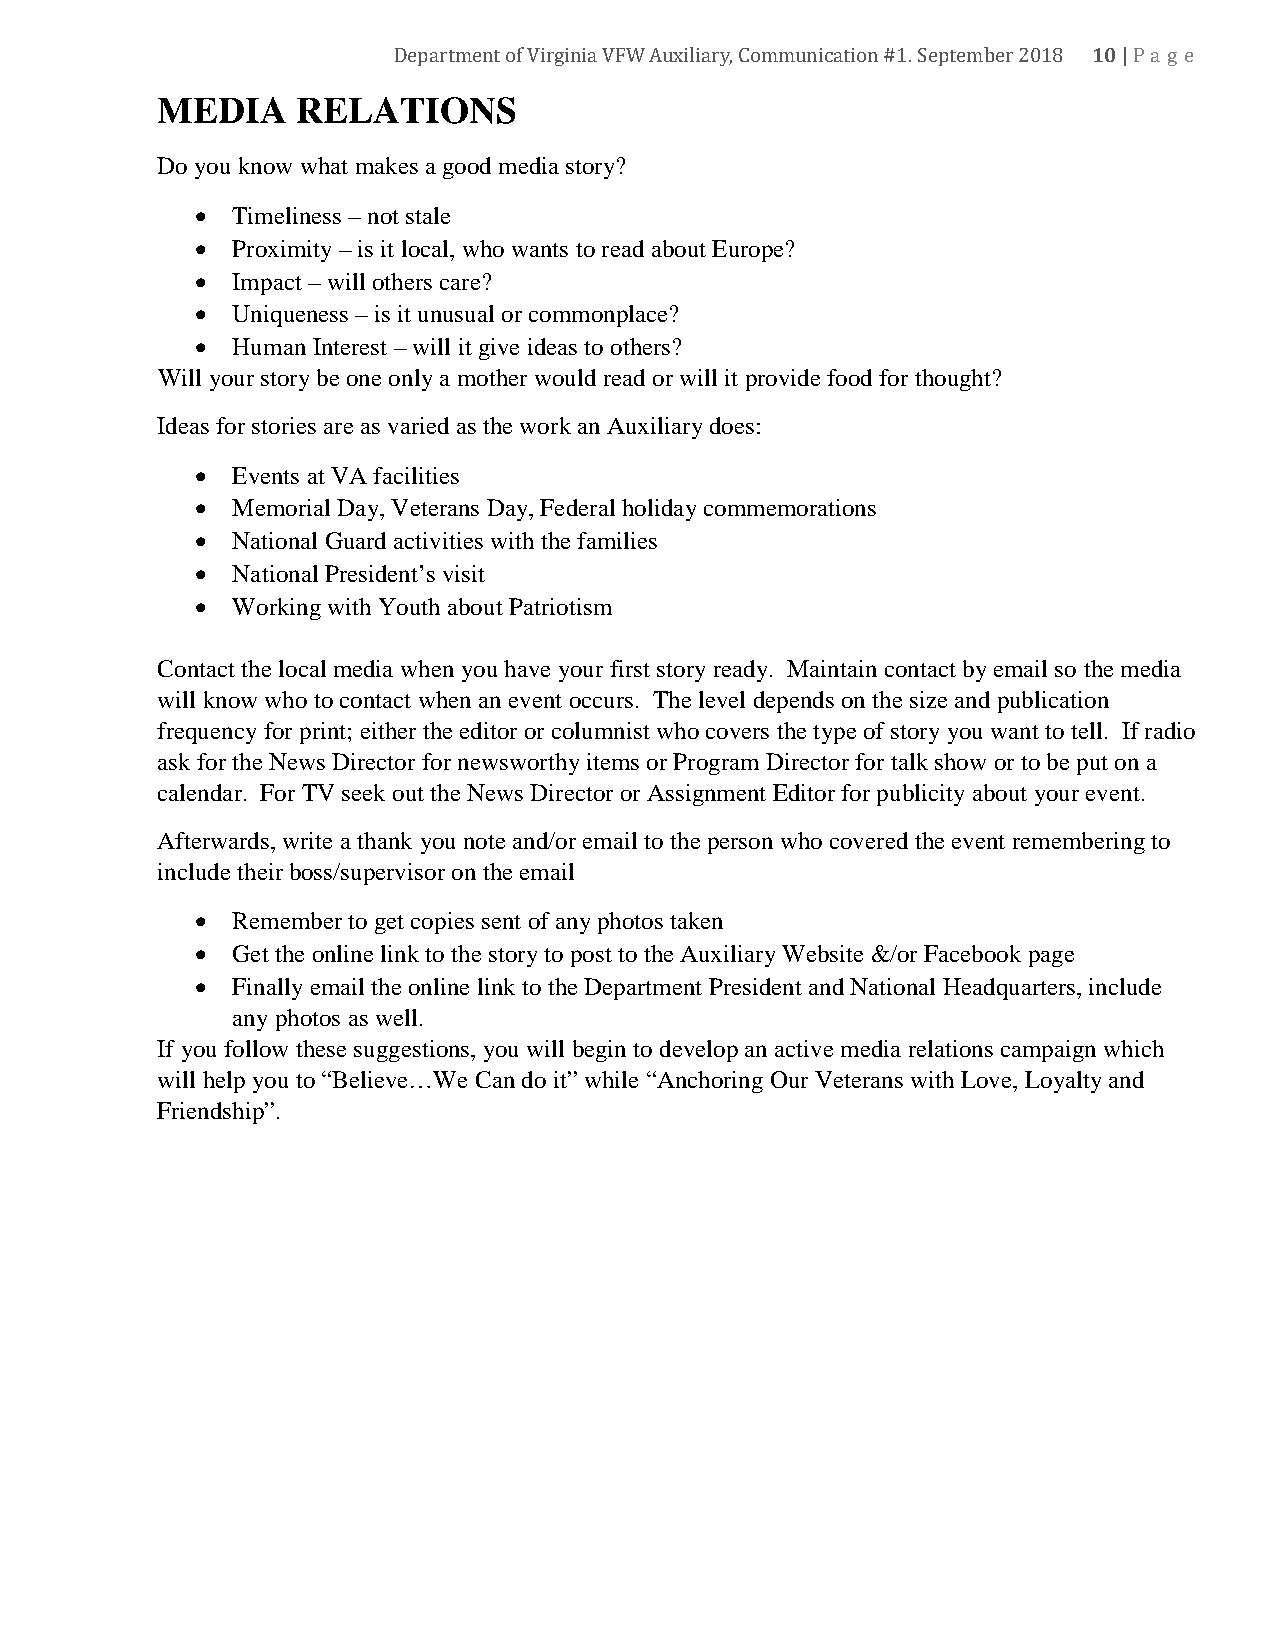
10
 MEDIA     RELADTepIarOtmNentS of Virginia VFW Auxiliary, Communication #1. September 2018 |Pa ge
 Do you know what makes a good media story?
 • Timeliness – not stale
 • Proximity – is it local, who wants to read about Europe?
 • Impact – will others care?
 • Uniqueness – is it unusual or commonplace?
 • Human Interest – will it give ideas to others?
 Will your story be one only a mother would read or will it provide food for thought?
 Ideas for stories are as varied as the work an Auxiliary does:
 • Events at VA facilities
 • Memorial Day, Veterans Day, Federal holiday commemorations
 • National Guard activities with the families
 • National President’s visit
 • Working with Youth about Patriotism
 Contact the local media when you have your first story ready. Maintain contact by email so the media
 will know who to contact when an event occurs. The level depends on the size and publication
 frequency for print; either the editor or columnist who covers the type of story you want to tell. If radio
 ask for the News Director for newsworthy items or Program Director for talk show or to be put on a
 calendar. For TV seek out the News Director or Assignment Editor for publicity about your event.
 Afterwards, write a thank you note and/or email to the person who covered the event remembering to
 include their boss/supervisor on the email
 • Remember to get copies sent of any photos taken
 • Get the online link to the story to post to the Auxiliary Website &/or Facebook page
 • Finally email the online link to the Department President and National Headquarters, include
 any photos as well.
 If you follow these suggestions, you will begin to develop an active media relations campaign which
 will help you to “Believe…We Can do it” while “Anchoring Our Veterans with Love, Loyalty and
 Friendship”.